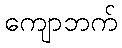
ကျောဘက်